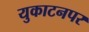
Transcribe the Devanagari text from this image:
युकाटनपर